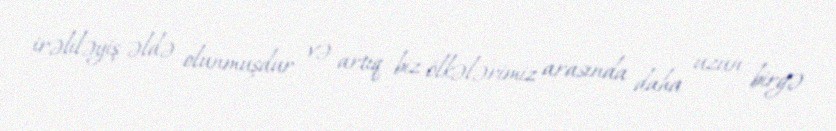
irəliləyiş əldə olunmuşdur və artıq biz ölkələrimiz arasında daha uzun birgə